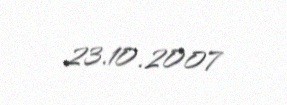
23.10.2007